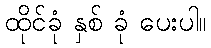
ထိုင်ခုံ နှစ် ခုံ ပေးပါ။